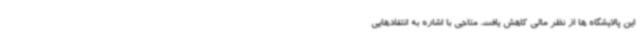
این پالایشگاه ها از نظر مالی کاهش یافت. ‌متاجی با اشاره به انتقادهایی